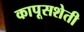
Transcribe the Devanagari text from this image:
कापूसशेती